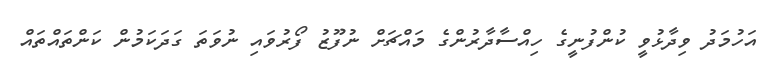
އަހުމަދު ވިދާޅުވީ ކުންފުނީގެ ހިއްސާދާރުންގެ މައްޗަށް ނުފޫޒު ފޯރުވައި ނުވަތަ ގަދަކަމުން ކަންތައްތައް